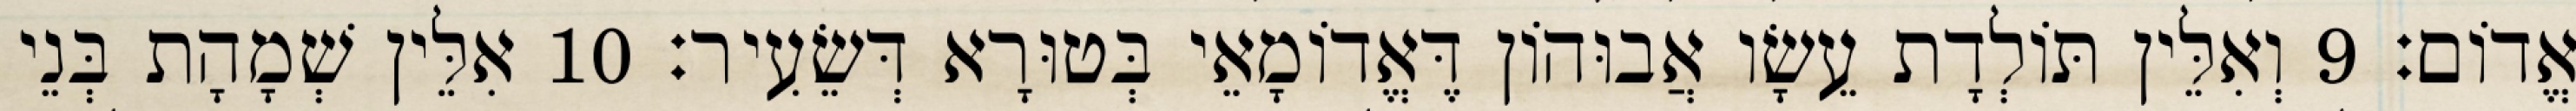
אֱדוֹם׃ 9 וְאִלֵּין תּוֹלְדָת עֵשָׂו אֲבוּהוֹן דֶּאֱדוֹמָאֵי בְּטוּרָא דְּשֵׂעִיר׃ 10 אִלֵּין שְׁמָהָת בְּנֵי